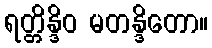
ရတ္တိန္ဒိဝ မတန္ဒိတော။